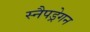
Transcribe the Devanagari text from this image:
स्नैपड्रेगन